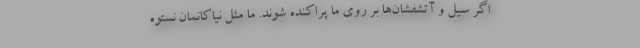
اگر سیل و آتشفشان‌ها بر روی ما پراکنده شوند. ما مثل نیاکانمان نستوه